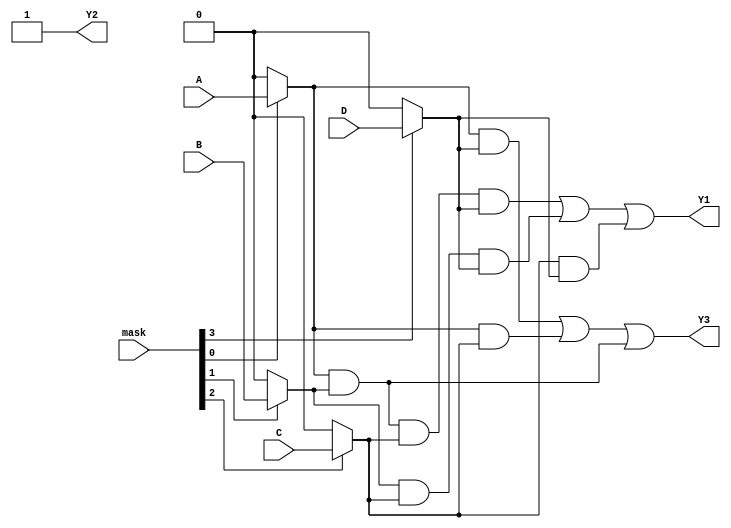
module MaskedPAL(
    input wire A, B, C, D,          // Inputs
    input wire [3:0] mask,          // Masking inputs for AND gates
    output wire Y1, Y2, Y3          // Outputs
);

// AND Array
wire and_out[0:7]; // 8 AND gates for 4 inputs (2^4)
wire [3:0] and_input[0:7]; // 4 inputs per AND gate

// Define the connections for each AND gate
assign and_input[0] = {mask[3] ? D : 1'b0, mask[2] ? C : 1'b0, mask[1] ? B : 1'b0, mask[0] ? A : 1'b0}; // AND gate 0
assign and_input[1] = {mask[3] ? D : 1'b0, mask[2] ? C : 1'b0, mask[1] ? B : 1'b0, 1'b1}; // AND gate 1
assign and_input[2] = {mask[3] ? D : 1'b0, mask[2] ? C : 1'b0, 1'b1, 1'b1}; // AND gate 2
assign and_input[3] = {mask[3] ? D : 1'b0, 1'b1, 1'b1, 1'b1}; // AND gate 3
assign and_input[4] = {1'b1, 1'b1, 1'b1, 1'b1}; // AND gate 4
assign and_input[5] = {mask[3] ? D : 1'b0, 1'b1, 1'b1, mask[0] ? A : 1'b0}; // AND gate 5
assign and_input[6] = {1'b1, mask[2] ? C : 1'b0, 1'b1, mask[0] ? A : 1'b0}; // AND gate 6
assign and_input[7] = {1'b1, 1'b1, mask[1] ? B : 1'b0, mask[0] ? A : 1'b0}; // AND gate 7

// Implement AND gates (active low)
assign and_out[0] = and_input[0][0] & and_input[0][1] & and_input[0][2] & and_input[0][3];
assign and_out[1] = and_input[1][0] & and_input[1][1] & and_input[1][2] & and_input[1][3];
assign and_out[2] = and_input[2][0] & and_input[2][1] & and_input[2][2] & and_input[2][3];
assign and_out[3] = and_input[3][0] & and_input[3][1] & and_input[3][2] & and_input[3][3];
assign and_out[4] = and_input[4][0] & and_input[4][1] & and_input[4][2] & and_input[4][3];
assign and_out[5] = and_input[5][0] & and_input[5][1] & and_input[5][2] & and_input[5][3];
assign and_out[6] = and_input[6][0] & and_input[6][1] & and_input[6][2] & and_input[6][3];
assign and_out[7] = and_input[7][0] & and_input[7][1] & and_input[7][2] & and_input[7][3];

// OR Array
assign Y1 = and_out[0] | and_out[1] | and_out[2]; // Example output Y1
assign Y2 = and_out[3] | and_out[4]; // Example output Y2
assign Y3 = and_out[5] | and_out[6] | and_out[7]; // Example output Y3

endmodule